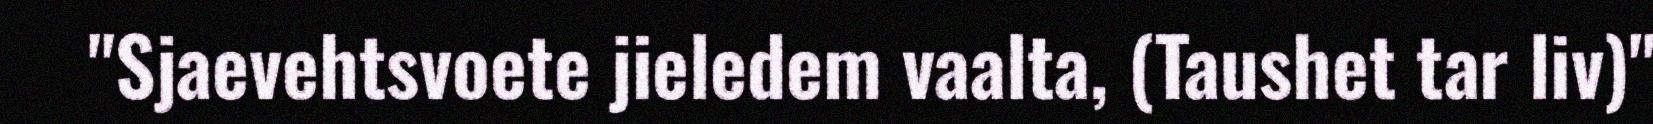
"Sjaevehtsvoete jieledem vaalta, (Taushet tar liv)"